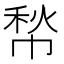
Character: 㡑